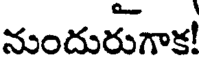
నుందురుగాక!